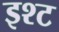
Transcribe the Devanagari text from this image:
इश्ट